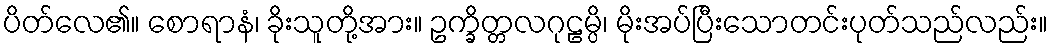
ပိတ်လေ၏။ စောရာနံ၊ ခိုးသူတို့အား။ ဥက္ခိတ္တလဂုဠမ္ပိ၊ မိုးအပ်ပြီးသောတင်းပုတ်သည်လည်း။